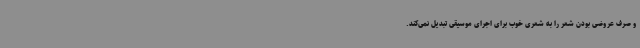
و صرف عروضی بودن شعر را به شعری خوب برای اجرای موسیقی تبدیل نمی‌کند.